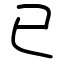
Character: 已